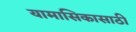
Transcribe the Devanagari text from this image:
यामासिकासाठी